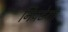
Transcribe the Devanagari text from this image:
निपटेगा